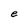
Character: e